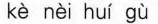
kè nèi huì gù